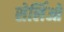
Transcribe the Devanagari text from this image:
सेर्लिओ